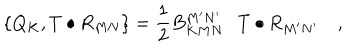
\left\{ Q _ { K } , T \bullet R _ { M N } \right\} = \frac 1 2 B _ { K M N } ^ { M ^ { \prime } N ^ { \prime } } \cdot T \bullet R _ { M ^ { \prime } N ^ { \prime } } \quad ,